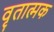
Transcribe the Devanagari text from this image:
वृतात्मक